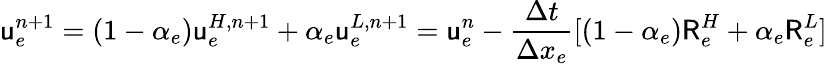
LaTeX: \mathsf{u}_{e}^{n+1}=(1-\alpha_{e})\mathsf{u}_{e}^{H,n+1}+\alpha_{e}\mathsf{u}_{e}^{L,n+1}=\mathsf{u}_{e}^{n}-\frac{\Delta t}{\Delta x_{e}}[(1-\alpha_{e})\mathsf{R}_{e}^{H}+\alpha_{e}\mathsf{R}_{e}^{L}]